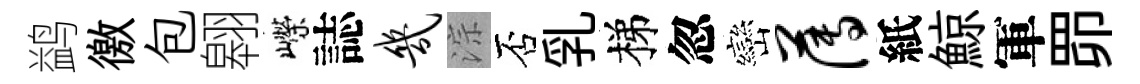
鹢徼包翱嶸誌几淙否乳梯忽巒薄紙鯨軍𦊑